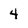
Character: 4